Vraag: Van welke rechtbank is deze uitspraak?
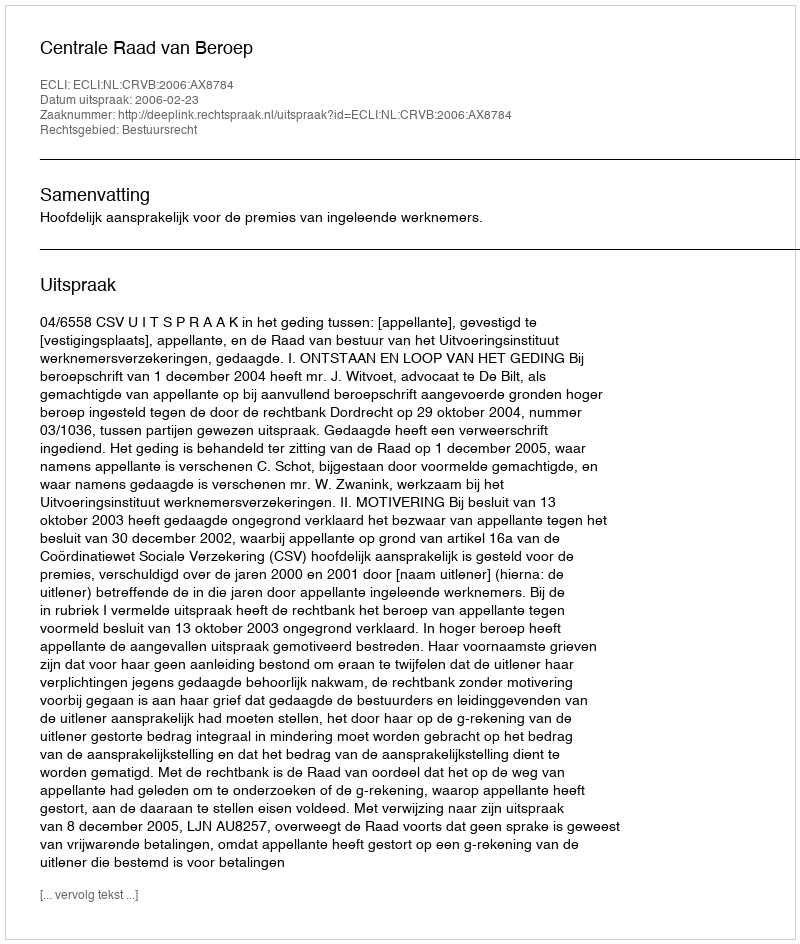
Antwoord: Centrale Raad van Beroep